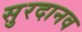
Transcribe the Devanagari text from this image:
सुरदानव